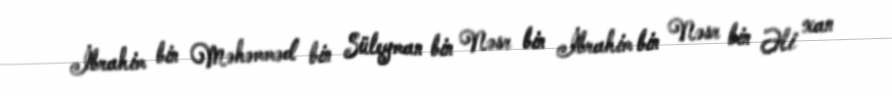
İbrahim bin Məhəmməd bin Süleyman bin Nəsr bin İbrahim bin Nəsr bin Əli xan